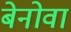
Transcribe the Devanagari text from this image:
बेनोवा